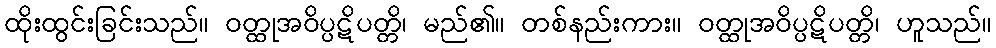
ထိုးထွင်းခြင်းသည်။ ဝတ္ထုအဝိပ္ပဋိပတ္တိ၊ မည်၏။ တစ်နည်းကား။ ဝတ္ထုအဝိပ္ပဋိပတ္တိ၊ ဟူသည်။